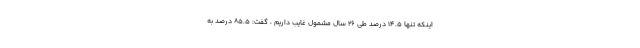
اینکه تنها ۱۴.۵ درصد طی ۲۶ سال مشمول غایب داریم ، گفت: ۸۵.۵ درصد به